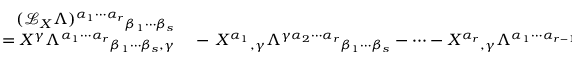
\begin{array} { r l } { ( { \mathcal { L } } _ { X } \Lambda ) ^ { \alpha _ { 1 } \cdots \alpha _ { r } } { } _ { \beta _ { 1 } \cdots \beta _ { s } } } & { { } } \\ { = X ^ { \gamma } \Lambda ^ { \alpha _ { 1 } \cdots \alpha _ { r } } { } _ { \beta _ { 1 } \cdots \beta _ { s } , \gamma } } & { { } - \, X ^ { \alpha _ { 1 } } { } _ { , \gamma } \Lambda ^ { \gamma \alpha _ { 2 } \cdots \alpha _ { r } } { } _ { \beta _ { 1 } \cdots \beta _ { s } } - \cdots - X ^ { \alpha _ { r } } { } _ { , \gamma } \Lambda ^ { \alpha _ { 1 } \cdots \alpha _ { r - 1 } \gamma } { } _ { \beta _ { 1 } \cdots \beta _ { s } } } \end{array}